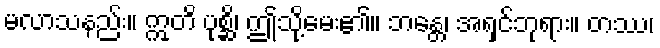
မလာသနည်း။ ဣတိ ပုစ္ဆိ၊ ဤသို့မေး၏။ ဘန္တေ၊ အရှင်ဘုရား။ တဿ၊